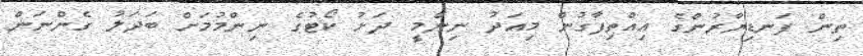
ތިން ފަނޑިޔާރުންގެ އިއްތިފާގުން މިއަދު ނިންމީ ދަށު ކޯޓުގެ ނިންމުމަށް ބަދަލު ގެންނަން